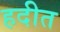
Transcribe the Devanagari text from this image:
हदीत